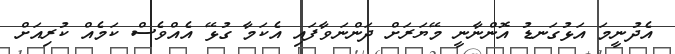
އެދުނީމަ އަޅުގަނޑު އޮންނާނީ މޭޔަަރަށް ދަންނަވާފައި އެކަމާ ގުޅޭ އެއްވެސް ކަމެއް ކުރިއަށް